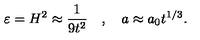
\varepsilon = H ^ { 2 } \approx \frac { 1 } { 9 t ^ { 2 } } \quad , \quad a \approx a _ { 0 } t ^ { 1 / 3 } .